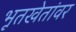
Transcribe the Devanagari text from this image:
भूतखेतांवर